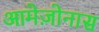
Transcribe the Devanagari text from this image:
आमेज़ोनास